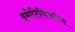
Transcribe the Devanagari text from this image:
इमोटिकिऑन्स